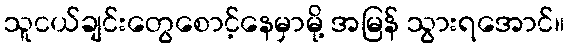
သူငယ်ချင်းတွေစောင့်နေမှာမို့ အမြန် သွားရအောင်။